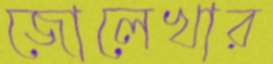
জোলেখার